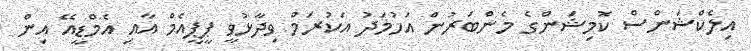
އިލެކްޝަންސް ކޮމިޝަންގެ މެންބަރުން އަހުމަދު އަކުރަމް ވިދާޅުވީ ޕީޕީއެމް އާއި އެމްޑީއޭ އިން